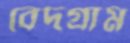
বেদগ্রাম